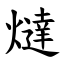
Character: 燵